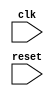
module timing_control_sync (
    input wire clk,
    input wire reset,
    // Add other input signals as needed

    // Add output signals as needed
);

// Add your Verilog code for timing control and synchronization here

endmodule